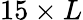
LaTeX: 15\times L